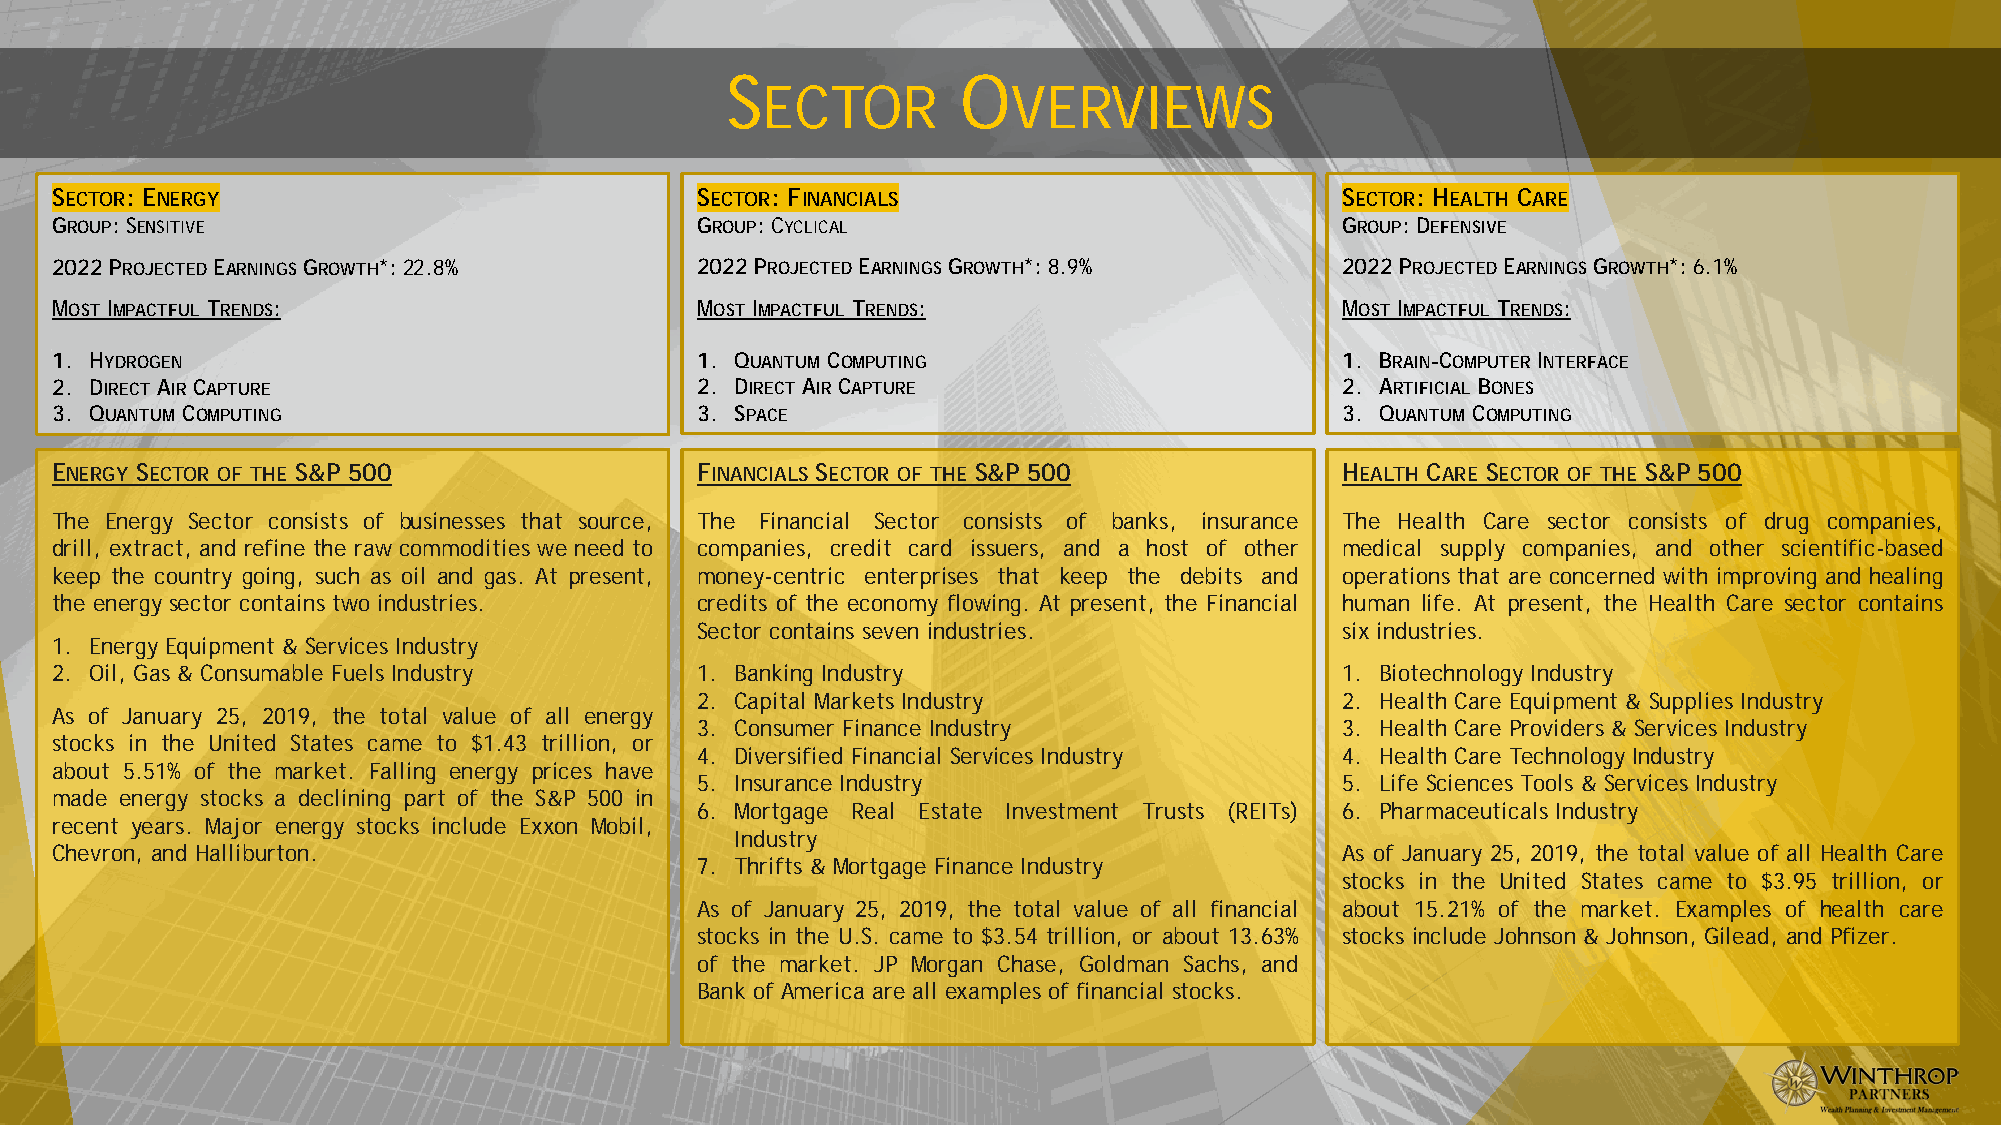
S               O
 ECTOR            VERVIEWS
 SECTOR: ENERGY                             SECTOR: FINANCIALS                         SECTOR: HEALTH CARE
 GROUP: SENSITIVE                           GROUP: CYCLICAL                            GROUP: DEFENSIVE
 2022 PROJECTEDEARNINGS GROWTH*: 22.8%      2022 PROJECTEDEARNINGS GROWTH*: 8.9%       2022 PROJECTEDEARNINGS GROWTH*: 6.1%
 MOST IMPACTFUL TRENDS:                     MOST IMPACTFUL TRENDS:                     MOST IMPACTFUL TRENDS:
 1. HYDROGEN                                1. QUANTUM COMPUTING                       1. BRAIN-COMPUTER INTERFACE
 2. DIRECT AIR CAPTURE                      2. DIRECT AIR CAPTURE                      2. ARTIFICIAL BONES
 3. QUANTUM COMPUTING                       3. SPACE                                   3. QUANTUM COMPUTING
 ENERGY SECTOR OF THE S&P 500               FINANCIALS SECTOR OF THE S&P 500           HEALTH CARE SECTOR OF THE S&P 500
 The Energy Sector consists of businesses that source, The Financial Sector consists of banks, insurance The Health Care sector consists of drug companies,
 drill, extract, and refine the raw commodities we need to companies, credit card issuers, and a host of other medical supply companies, and other scientific-based
 keep the country going, such as oil and gas. At present, money-centric enterprises that keep the debits and operations that are concerned with improving and healing
 the energy sector contains two industries. credits of the economy flowing. At present, the Financial human life. At present, the Health Care sector contains
 Sector contains seven industries.          six industries.
 1. Energy Equipment & Services Industry
 2. Oil, Gas & Consumable Fuels Industry    1. Banking Industry                        1. Biotechnology Industry
 2. Capital Markets Industry                2. Health Care Equipment & Supplies Industry
 As of January 25, 2019, the total value of all energy
 3. Consumer Finance Industry               3. Health Care Providers & Services Industry
 stocks in the United States came to $1.43 trillion, or
 4. Diversified Financial Services Industry 4. Health Care Technology Industry
 about 5.51% of the market. Falling energy prices have
 5. Insurance Industry                      5. Life Sciences Tools & Services Industry
 made energy stocks a declining part of the S&P 500 in
 6. Mortgage Real Estate Investment Trusts (REITs) 6. Pharmaceuticals Industry
 recent years. Major energy stocks include Exxon Mobil,
 Industry
 Chevron, and Halliburton.                                                             As of January 25, 2019, the total value of all Health Care
 7. Thrifts & Mortgage Finance Industry
 stocks in the United States came to $3.95 trillion, or
 As of January 25, 2019, the total value of all financial about 15.21% of the market. Examples of health care
 stocks in the U.S. came to $3.54 trillion, or about 13.63% stocks include Johnson & Johnson, Gilead, and Pfizer.
 of the market. JP Morgan Chase, Goldman Sachs, and
 Bank of America are all examples of financial stocks.